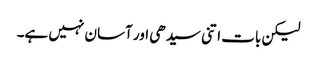
لیکن بات اتنی سیدھی اور آسان نہیں ہے۔